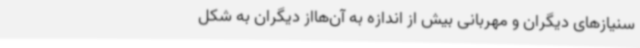
سنیازهای دیگران و مهربانی بیش از اندازه به آن‌هااز دیگران به شکل